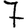
Digit: 7